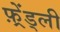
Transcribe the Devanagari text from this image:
फ़्रेंड्ली